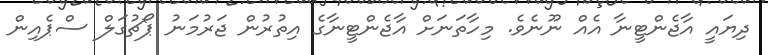
ދިޔައީ އާޖެންޓީނާ އެއް ނޫނެވެ. މިހާތަނަށް އާޖެންޓީނާގެ އިތުރުން ޖަރުމަނު ޕޯޗުގަލް ސްޕެއިން